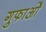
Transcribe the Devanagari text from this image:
गुफाओँ